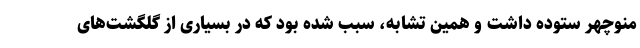
منوچهر ستوده داشت و همین تشابه، سبب شده بود که در بسیاری از گلگشت‌های